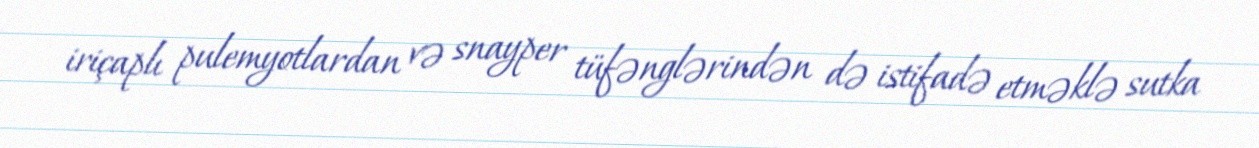
iriçaplı pulemyotlardan və snayper tüfənglərindən də istifadə etməklə sutka